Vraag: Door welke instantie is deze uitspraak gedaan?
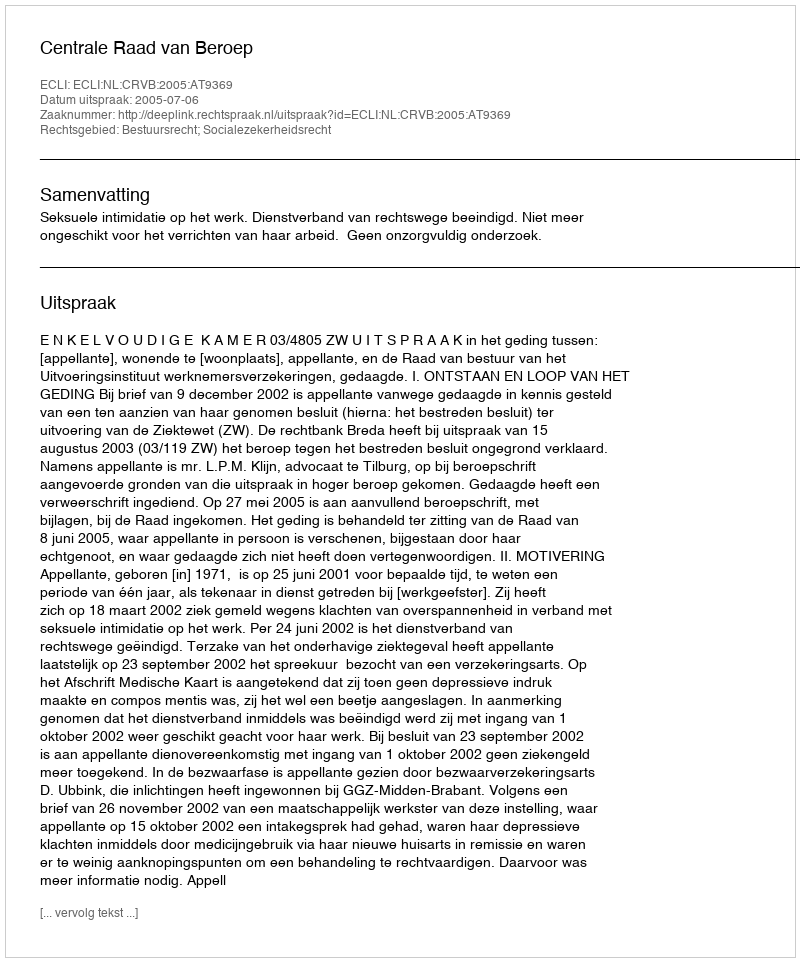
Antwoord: Centrale Raad van Beroep